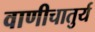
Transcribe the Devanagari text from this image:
वाणीचातुर्य